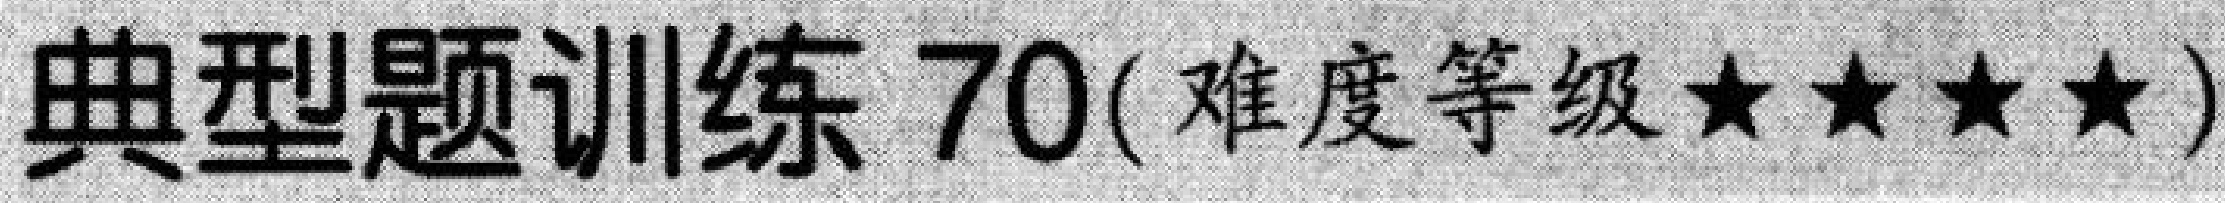
典型题训练 70( 难度等级$\star\star\star\star$)